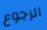
الرجوع